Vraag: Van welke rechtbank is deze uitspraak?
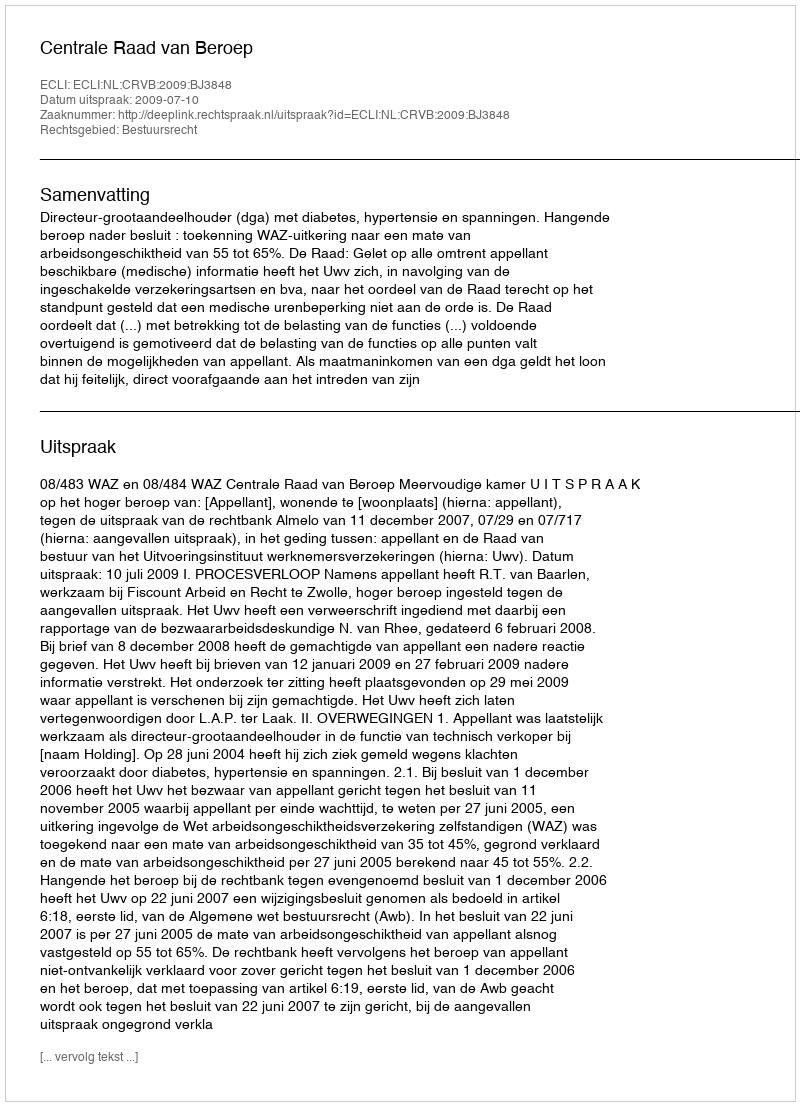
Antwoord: Centrale Raad van Beroep